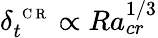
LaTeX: \delta_{t}^{\mathrm{~\scriptsize~C~R~}}\propto Ra_{cr}^{1/3}